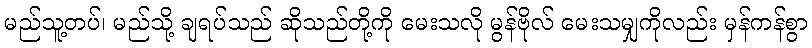
မည်သူ့တပ်၊ မည်သို့ ချရပ်သည် ဆိုသည်တို့ကို မေးသလို မွန်ဗိုလ် မေးသမျှကိုလည်း မှန်ကန်စွာ